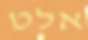
אלט